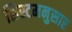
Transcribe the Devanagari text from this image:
सिस्टमनुसार